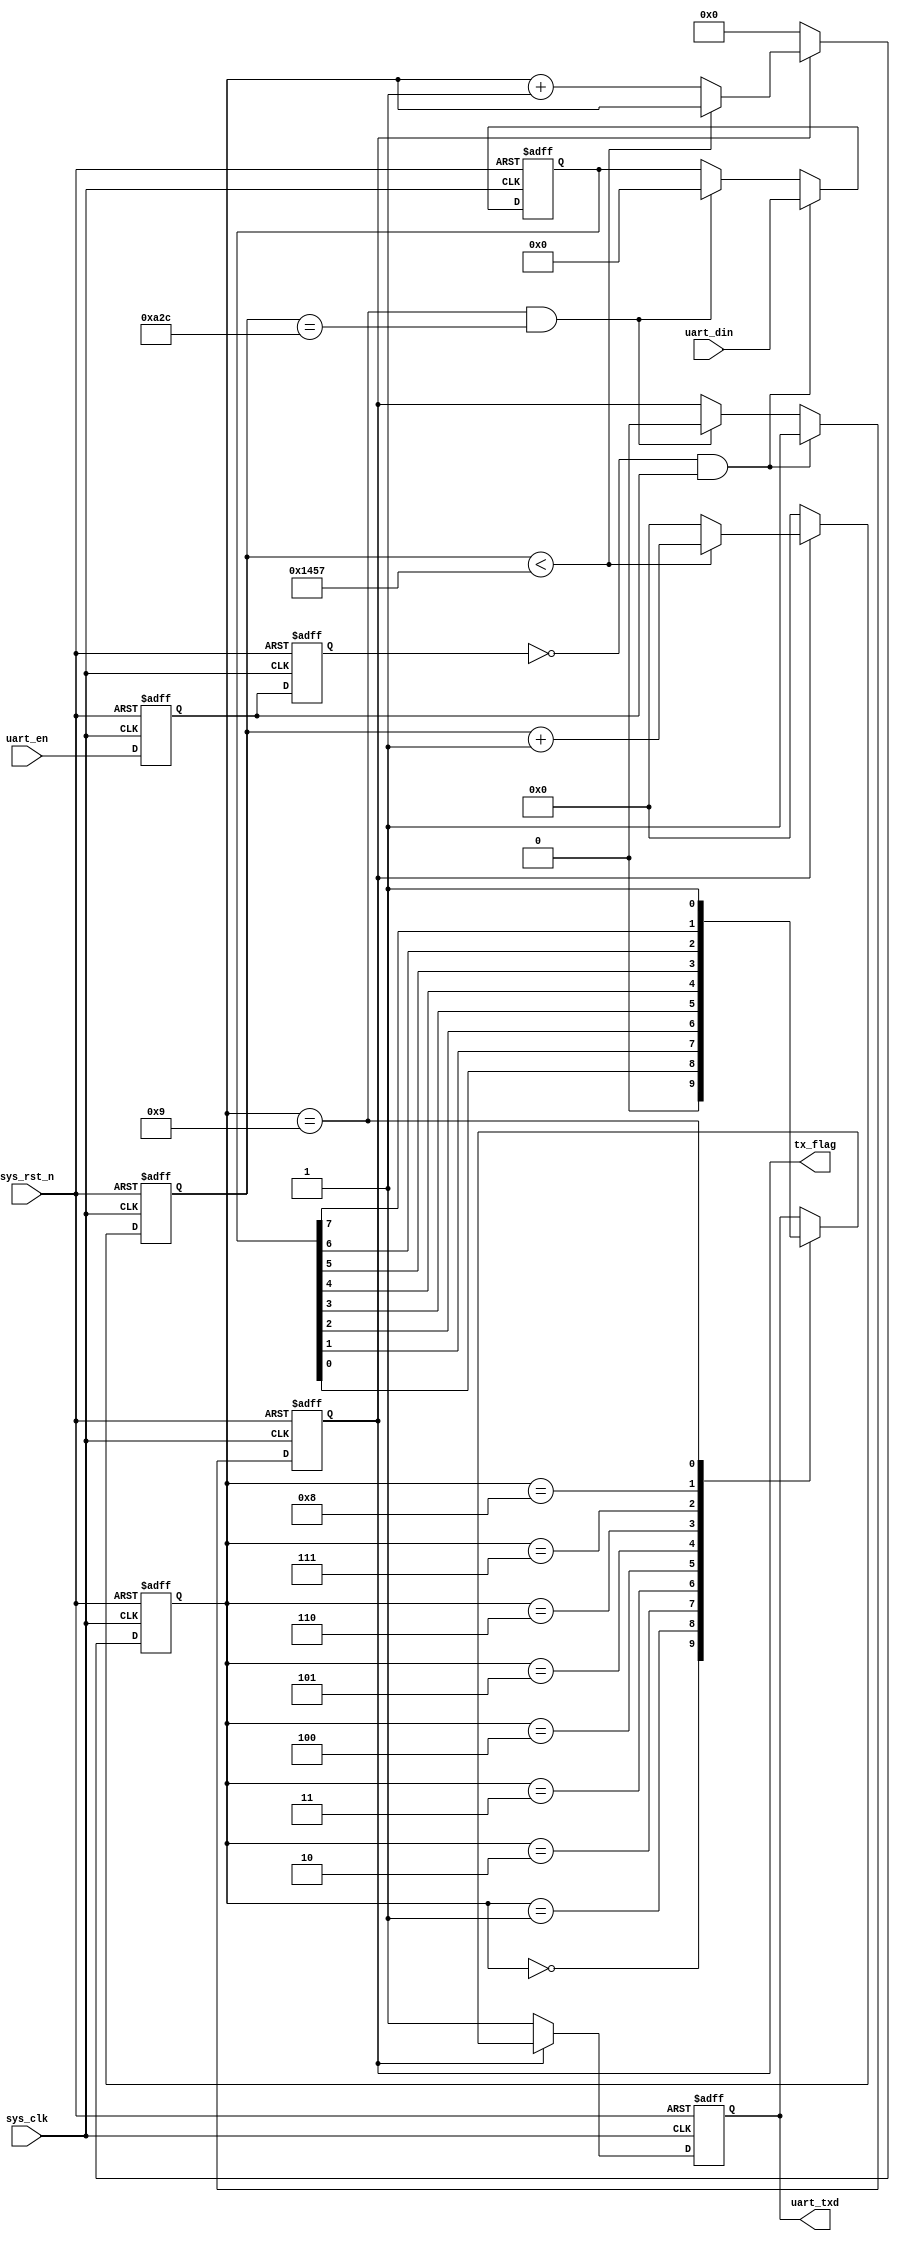
//****************************************Copyright (c)***********************************//
//www.openedv.com
//http://openedv.taobao.com 
//""FPGA & STM32
//
//Copyright(C)  2018-2028
//All rights reserved	                               
//----------------------------------------------------------------------------------------
// File name:           uart_send
// Last modified Date:  2018//4/19 19:56:36
// Last Version:        V1.1
// Descriptions:        uart
//----------------------------------------------------------------------------------------
// Created by:          
// Created date:        2018/1/29 10:55:56
// Version:             V1.0
// Descriptions:        The original version
//
//----------------------------------------------------------------------------------------
// Modified by:		    
// Modified date:	    2018//4/19 19:56:36
// Version:			    V1.1
// Descriptions:	    
//
//----------------------------------------------------------------------------------------
//****************************************************************************************//

module uart_send(
    input	      sys_clk,                  //
    input         sys_rst_n,                //
    
    input         uart_en,                  //
    input  [7:0]  uart_din,                 //
    output  reg   uart_txd,                 //UART
    output  reg   tx_flag                   //
    );
    
//parameter define
parameter  CLK_FREQ = 50000000;             //
parameter  UART_BPS = 9600;                 //
localparam BPS_CNT  = CLK_FREQ/UART_BPS;    //BPS_CNT

//reg define
reg        uart_en_d0; 
reg        uart_en_d1;  
reg [15:0] clk_cnt;                         //
reg [ 3:0] tx_cnt;                          //
reg [ 7:0] tx_data;                         //

//wire define
wire       en_flag;

//*****************************************************
//**                    main code
//*****************************************************
//uart_en
assign en_flag = (~uart_en_d1) & uart_en_d0;
                                                 
//uart_en
always @(posedge sys_clk or negedge sys_rst_n) begin         
    if (!sys_rst_n) begin
        uart_en_d0 <= 1'b0;                                  
        uart_en_d1 <= 1'b0;
    end                                                      
    else begin                                               
        uart_en_d0 <= uart_en;                               
        uart_en_d1 <= uart_en_d0;                            
    end
end

//en_flag,          
always @(posedge sys_clk or negedge sys_rst_n) begin         
    if (!sys_rst_n) begin                                  
        tx_flag <= 1'b0;
        tx_data <= 8'd0;
    end 
    else if (en_flag) begin                 //                      
            tx_flag <= 1'b1;                //tx_flag
            tx_data <= uart_din;            //
        end
        else 
        if ((tx_cnt == 4'd9)&&(clk_cnt == BPS_CNT/2))
        begin                               //
            tx_flag <= 1'b0;                //tx_flag
            tx_data <= 8'd0;
        end
        else begin
            tx_flag <= tx_flag;
            tx_data <= tx_data;
        end 
end

//
always @(posedge sys_clk or negedge sys_rst_n) begin         
    if (!sys_rst_n) begin                             
        clk_cnt <= 16'd0;                                  
        tx_cnt  <= 4'd0;
    end                                                      
    else if (tx_flag) begin                 //
        if (clk_cnt < BPS_CNT - 1) begin
            clk_cnt <= clk_cnt + 1'b1;
            tx_cnt  <= tx_cnt;
        end
        else begin
            clk_cnt <= 16'd0;               //
            tx_cnt  <= tx_cnt + 1'b1;       //1
        end
    end
    else begin                              //
        clk_cnt <= 16'd0;
        tx_cnt  <= 4'd0;
    end
end

//uart
always @(posedge sys_clk or negedge sys_rst_n) begin        
    if (!sys_rst_n)  
        uart_txd <= 1'b1;        
    else if (tx_flag)
        case(tx_cnt)
            4'd0: uart_txd <= 1'b0;         // 
            4'd1: uart_txd <= tx_data[0];   //
            4'd2: uart_txd <= tx_data[1];
            4'd3: uart_txd <= tx_data[2];
            4'd4: uart_txd <= tx_data[3];
            4'd5: uart_txd <= tx_data[4];
            4'd6: uart_txd <= tx_data[5];
            4'd7: uart_txd <= tx_data[6];
            4'd8: uart_txd <= tx_data[7];   //
            4'd9: uart_txd <= 1'b1;         //
            default: ;
        endcase
    else 
        uart_txd <= 1'b1;                   //
end

endmodule